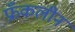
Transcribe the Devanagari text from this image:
फ्रँकलीन